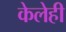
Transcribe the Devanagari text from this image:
केलेही